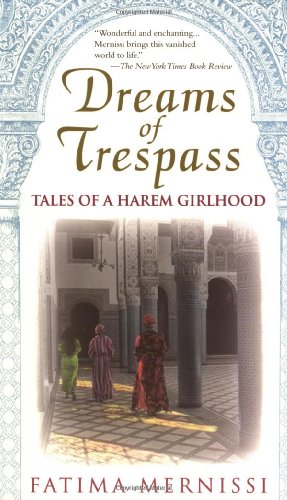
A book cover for Dreams of Trespass: Tales of a Harem Girlhood; Fatima Mernissi; Biographies & Memoirs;